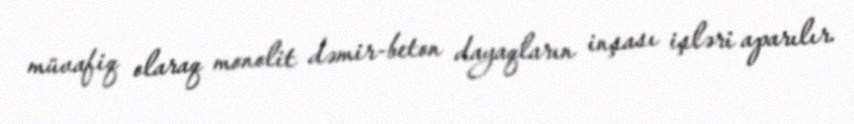
müvafiq olaraq monolit dəmir-beton dayaqların inşası işləri aparılır.